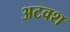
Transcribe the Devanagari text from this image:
अटवश